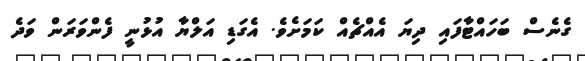
ގެނެސް ބަހައްޓާފައި ދިޔަ އެއްޗެއް ކަމަށެވެ. އެގަޑި އަލްޔާ އުޅުނީ ފެންވަރަން ވަދެ